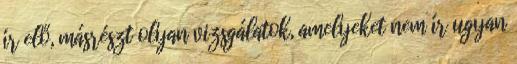
ír elő, másrészt olyan vizsgálatok, amelyeket nem ír ugyan